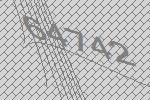
64742